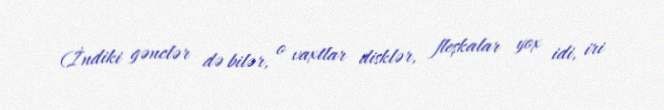
(İndiki gənclər də bilər, o vaxtlar disklər, fleşkalar yox idi, iri